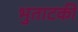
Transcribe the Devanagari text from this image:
भुताटकी